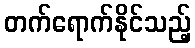
တက်ရောက်နိုင်သည့်